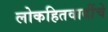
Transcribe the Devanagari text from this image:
लोकहितवादींचे